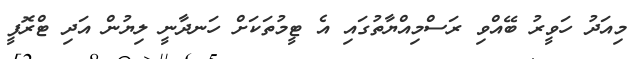
މިއަދު ހަވީރު ބޭއްވި ރަސްމިއްޔާތުގައި އެ ޓީމުތަކަށް ހަނދާނީ ލިޔުން އަދި ޓްރޮފީ